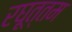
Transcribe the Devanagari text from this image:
रघूत्तम